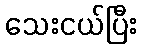
သေးငယ်ပြီး